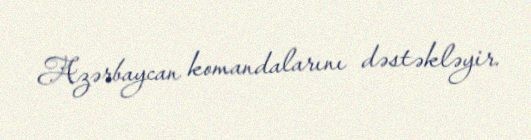
Azərbaycan komandalarını dəstəkləyir.